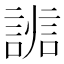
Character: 𧩵